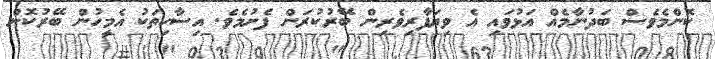
ކޮންމެވެސް ބަދުނާމެއް އަޅުވައި އެ ވިޔަފާރިވެރިން ބޭރުކުރަން ފެށުމެވެ. އިސާހިތަކު އެމީހުން ބޭރުކޮށް